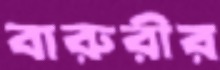
বারুরীর